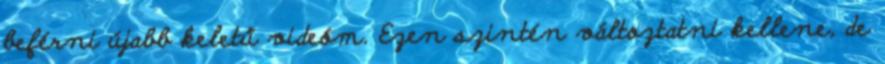
beférni újabb keletű videóm. Ezen szintén változtatni kellene, de